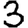
Digit: 3